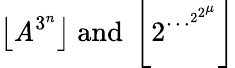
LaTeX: \left\lfloor\mathit{A}^{3^{n}}\right\rfloor{\mathrm{{~and~}}}\left\lfloor2^{\cdots^{2^{2^{\mu}}}}\right\rfloor